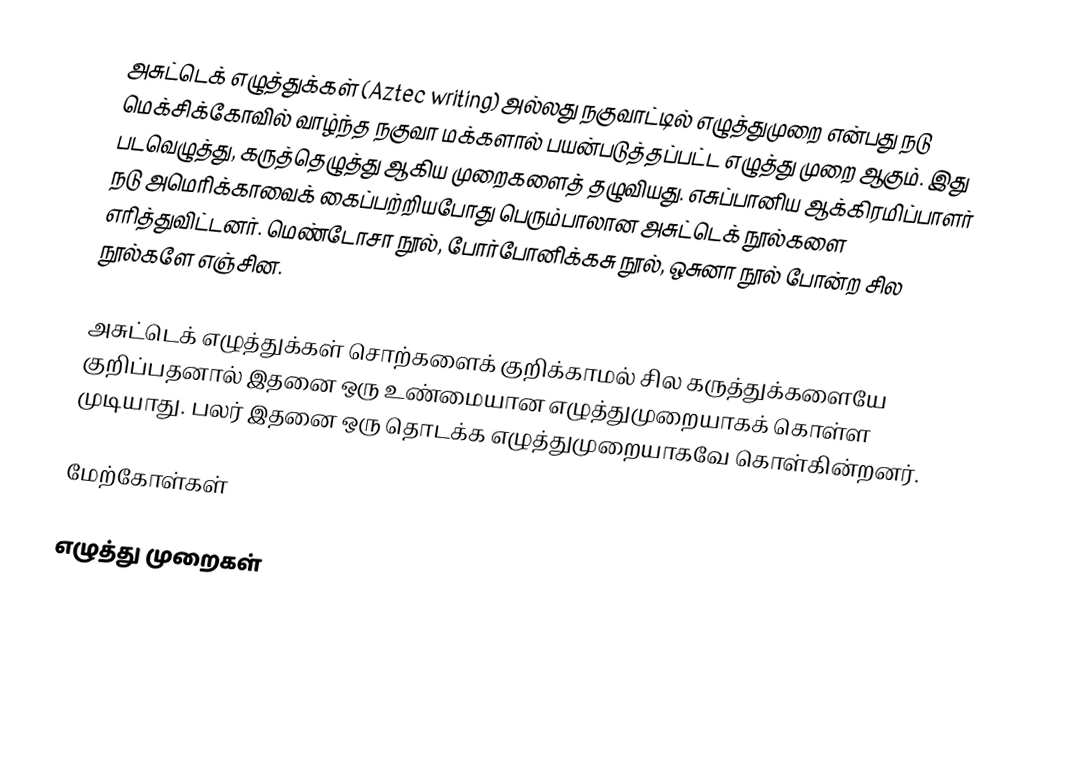
அசுட்டெக் எழுத்துக்கள் (Aztec writing) அல்லது நகுவாட்டில் எழுத்துமுறை என்பது நடு மெக்சிக்கோவில் வாழ்ந்த நகுவா மக்களால் பயன்படுத்தப்பட்ட எழுத்து முறை ஆகும். இது படவெழுத்து, கருத்தெழுத்து ஆகிய முறைகளைத் தழுவியது. எசுப்பானிய ஆக்கிரமிப்பாளர் நடு அமெரிக்காவைக் கைப்பற்றியபோது பெரும்பாலான அசுட்டெக் நூல்களை எரித்துவிட்டனர். மெண்டோசா நூல், போர்போனிக்கசு நூல், ஒசுனா நூல் போன்ற சில நூல்களே எஞ்சின.

அசுட்டெக் எழுத்துக்கள் சொற்களைக் குறிக்காமல் சில கருத்துக்களையே குறிப்பதனால் இதனை ஒரு உண்மையான எழுத்துமுறையாகக் கொள்ள முடியாது. பலர் இதனை ஒரு தொடக்க எழுத்துமுறையாகவே கொள்கின்றனர்.

மேற்கோள்கள்

எழுத்து முறைகள்